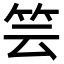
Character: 𥬀